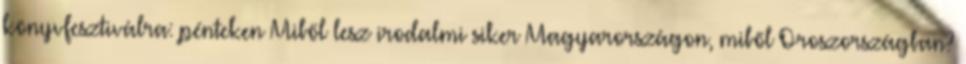
könyvfesztiválra: pénteken Miből lesz irodalmi siker Magyarországon, miből Oroszországban?